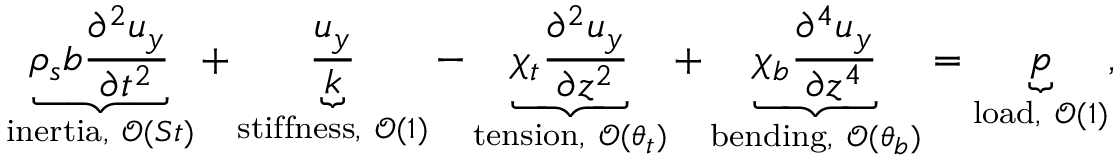
\underbrace { \rho _ { s } b \frac { \partial ^ { 2 } u _ { y } } { \partial t ^ { 2 } } } _ { \mathrm { i n e r t i a } , ~ \mathcal { O } ( S t ) } + \underbrace { \frac { u _ { y } } { k } } _ { \mathrm { s t i f f n e s s } , ~ \mathcal { O } ( 1 ) } - \underbrace { \chi _ { t } \frac { \partial ^ { 2 } u _ { y } } { \partial z ^ { 2 } } } _ { \mathrm { t e n s i o n } , ~ \mathcal { O } ( \theta _ { t } ) } + \underbrace { \chi _ { b } \frac { \partial ^ { 4 } u _ { y } } { \partial z ^ { 4 } } } _ { \mathrm { b e n d i n g } , ~ \mathcal { O } ( \theta _ { b } ) } = \underbrace { p } _ { \mathrm { l o a d } , ~ \mathcal { O } ( 1 ) } ,